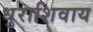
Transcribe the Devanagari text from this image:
धुराशिवाय